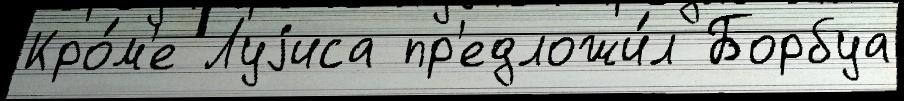
Кро́м'е Луjиса пр'едложи́л Борбуа